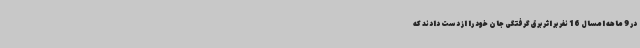
در 9 ماهه امسال 16 نفر بر اثر برق گرفتگی جان خود را از دست دادند که